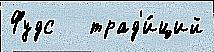
Фудс   трад'и́ций